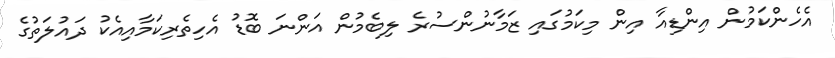
އެހެންކަމުން އިންޑިއާ އިން މިކަމުގައި ޒަމާނުންސުރެ ލިބެމުން އަންނަ ބޮޑު އެހިތެރިކަމާއިއެކު ދައުލަތުގެ